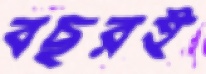
বছরই